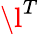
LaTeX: \l^{T}